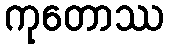
ကုတောဿ